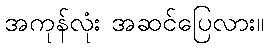
အကုန်လုံး အဆင်ပြေလား။